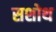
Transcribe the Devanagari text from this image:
सशोथ